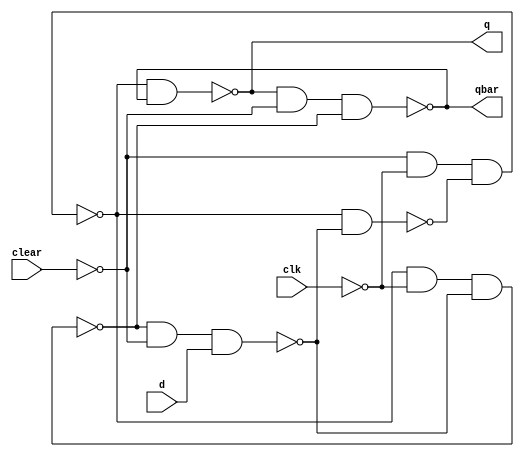
module d_flipflop (clear, clk, d, q, qbar);
	input clear, clk, d;
	output q, qbar;
	wire cbar, r, rbar, s, sbar;
	
	not G1(cbar, clear);
	nand G2(sbar, s, rbar);
	nand G3(s, cbar, ~clk, sbar);
	nand G4(r, s, ~clk, rbar);
	nand G5(rbar, r, cbar, d);
	nand G6(q, s, qbar);
	nand G7(qbar, q, cbar, r);
endmodule